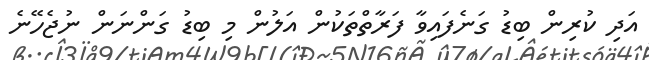
އަދި ކުރިން ބިޑު ގަނެފައިވާ ފަރާތްތަކުން އަލުން މި ބިޑު ގަންނަން ނުޖެހޭނެ